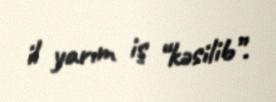
il yarım iş “kəsilib”.